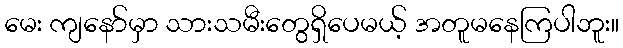
မေး ကျနော်မှာ သားသမီးတွေရှိပေမယ့် အတူမနေကြပါဘူး။